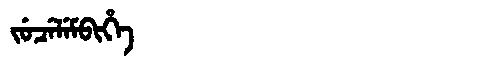
Manchu: ᠵᡠᠴᡝᠯᡝᠮᠪᡳᡥᡝ
Romanization: JUCELEMBIHE